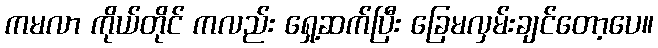
ကမလာ ကိုယ်တိုင် ကလည်း ရှေ့ဆက်ပြီး ခြေမလှမ်းချင်တော့ပေ။